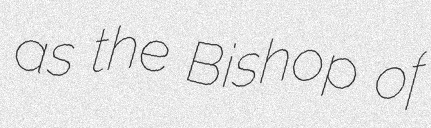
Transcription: as the Bishop of